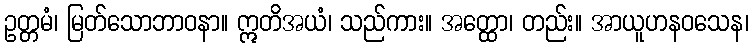
ဥတ္တမံ၊ မြတ်သောဘာဝနာ။ ဣတိအယံ၊ သည်ကား။ အတ္ထော၊ တည်း။ အာယူဟနဝသေန၊